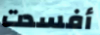
أفسدت